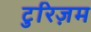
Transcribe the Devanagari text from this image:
टुरिज़म